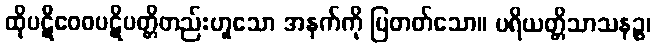
ထိုပဋိဝေဓပဋိပတ္တိတည်းဟူသော အနက်ကို ပြတတ်သော။ ပရိယတ္တိသာသနဉ္စ၊